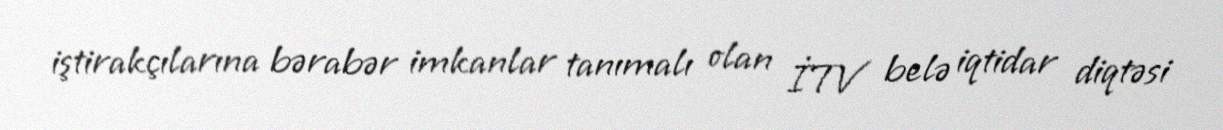
iştirakçılarına bərabər imkanlar tanımalı olan İTV belə iqtidar diqtəsi